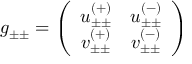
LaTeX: g _ { \pm \pm } = \left( \begin{array} { c c } { { u _ { \pm \pm } ^ { ( + ) } } } & { { u _ { \pm \pm } ^ { ( - ) } } } \\ { { v _ { \pm \pm } ^ { ( + ) } } } & { { v _ { \pm \pm } ^ { ( - ) } } } \end{array} \right)